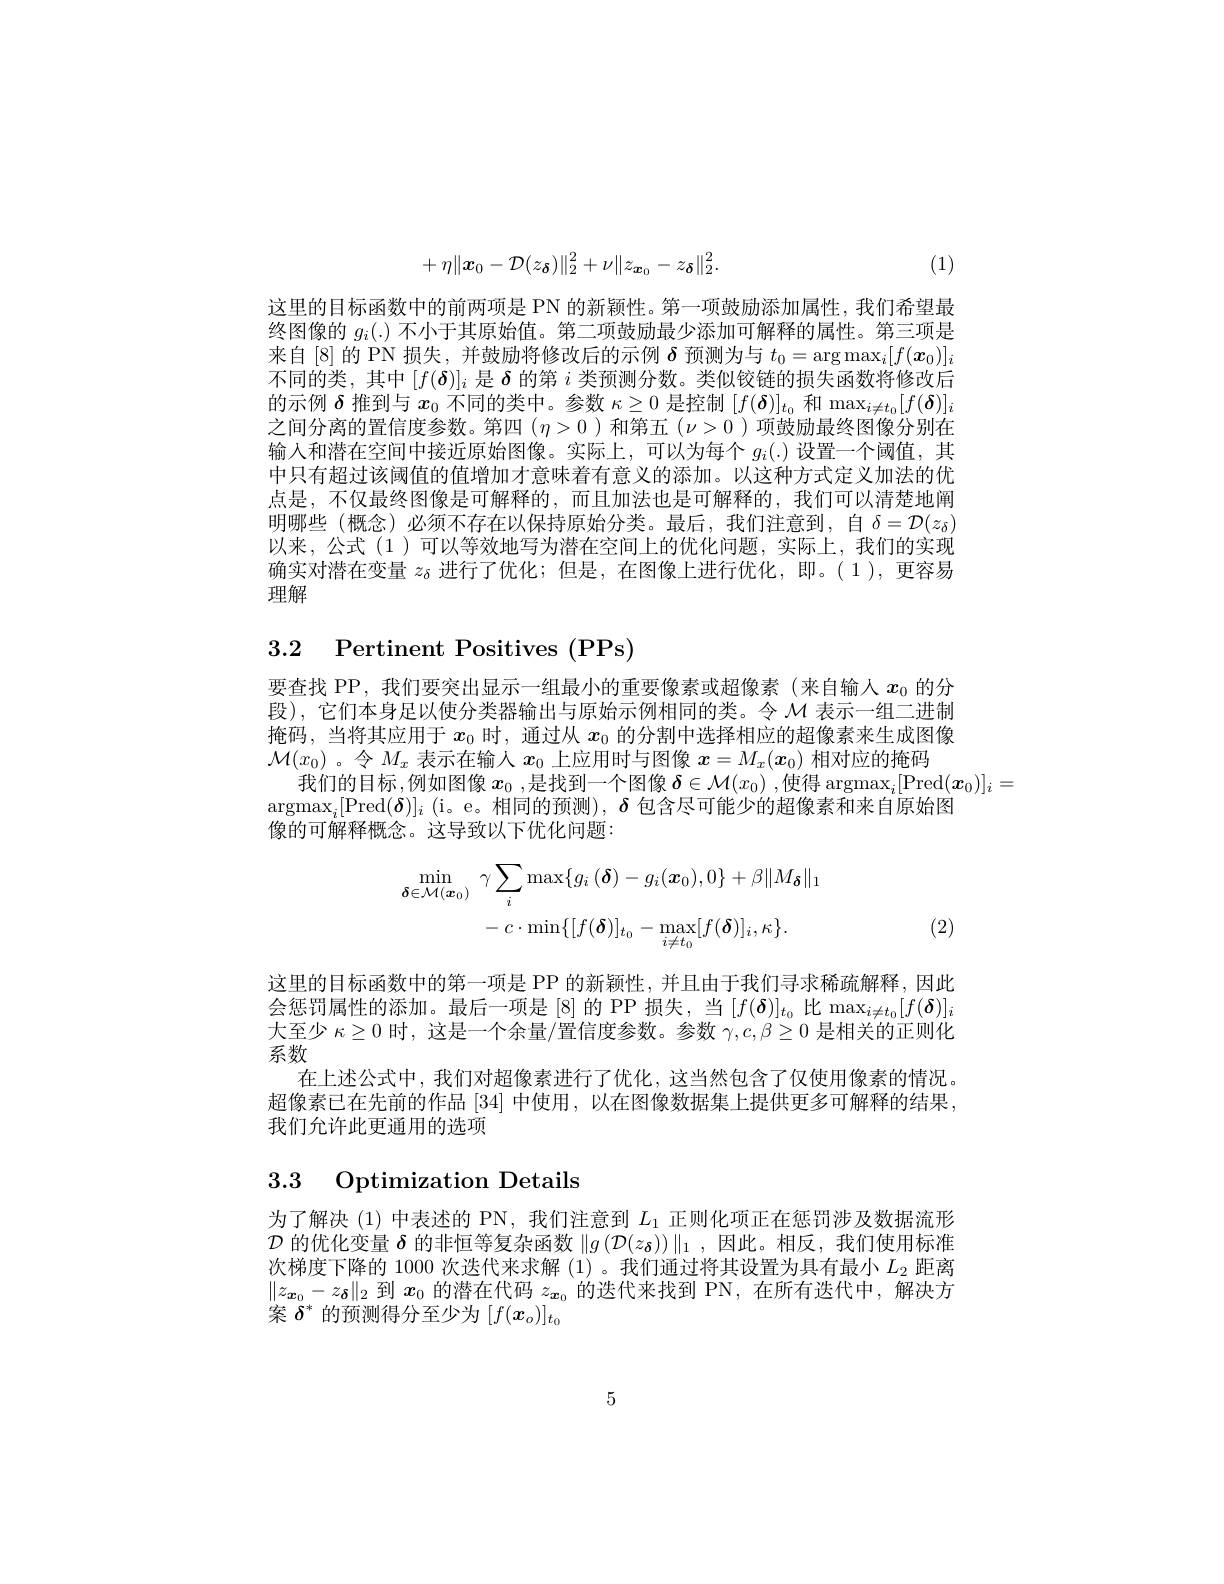
$$+\eta\|\boldsymbol{x}_0-\mathcal{D}(z_\boldsymbol{\delta})\|_2^2+\nu\|z_{\boldsymbol{x}_0}-z_\boldsymbol{\delta}\|_2^2.$$
(1)

这里的目标函数中的前两项是 PN 的新颖性。第一项鼓励添加属性，我们希望最终图像的$g_i(.)$不小于其原始值。第二项鼓励最少添加可解释的属性。第三项是来自[8]的 PN 损失，并鼓励将修改后的示例$\delta$预测为与$t_0=\arg\max_i[f(x_0)]_i$ 不同的类，其中$[f(\boldsymbol{\delta})]_i$是$\boldsymbol{\delta}$的第$i$类预测分数。类似铰链的损失函数将修改后的示例$\delta$推到与$x_0$不同的类中。参数$\kappa\geq0$是控制$[f(\boldsymbol{\delta})]_t_0$和$\max_i\neq t_0[f(\boldsymbol{\delta})]_i$ 之间分离的置信度参数。第四$(\eta>0$ )和第五$(\nu>0$ )项鼓励最终图像分别在输人和潜在空间中接近原始图像。实际上，可以为每个$g_i(.)$设置一个阈值，其中只有超过该阈值的值增加才意味着有意义的添加。以这种方式定义加法的优点是，不仅最终图像是可解释的，而且加法也是可解释的，我们可以清楚地阐明哪些(概念)必须不存在以保持原始分类。最后，我们注意到，自$\delta=\mathcal{D}(z_\delta)$ 以来，公式(1)可以等效地写为潜在空间上的优化问题，实际上，我们的实现确实对潜在变量$z_{\delta}$进行了优化；但是，在图像上进行优化，即。(1),更容易理解

# 3.2 Pertinent Positives (PPs)

要查找 PP, 我们要突出显示一组最小的重要像素或超像素(来自输入$x_{0}$的分段),它们本身足以使分类器输出与原始示例相同的类。令$\mathcal{M}$表示一组二进制掩码，当将其应用于$x_0$时，通过从$x_0$的分割中选择相应的超像素来生成图像$\mathcal{M}(x_0)$ 。令$M_x$表示在输入$x_0$上应用时与图像$x=M_x(x_0)$相对应的掩码
我们的目标，例如图像$x_0$ ,是找到一个图像$\boldsymbol{\delta}\in\mathcal{M}(x_0)$ ,使得 argmax$_i[$Pred$(\boldsymbol{x}_0)]_i=$
$\operatorname{argmax}_i[\operatorname{Pred}(\boldsymbol{\delta})]_i~($i。e。相同的预测),$\delta$包含尽可能少的超像素和来自原始图
像的可解释概念。这导致以下优化问题：
$$\begin{aligned}\operatorname*{min}_{\boldsymbol{\delta}\in\mathcal{M}(\boldsymbol{x}_{0})}&\gamma\sum_{i}\max\{g_{i}\:(\boldsymbol{\delta})-g_{i}(\boldsymbol{x}_{0}),0\}+\beta\|M_{\boldsymbol{\delta}}\|_{1}\\&-\:c\cdot\operatorname*{min}\{[f(\boldsymbol{\delta})]_{t_{0}}-\operatorname*{max}_{i\neq t_{0}}[f(\boldsymbol{\delta})]_{i},\kappa\}.\end{aligned}$$
(2)

这里的目标函数中的第一项是 PP 的新颖性，并且由于我们寻求稀疏解释，因此会惩罚属性的添加。最后一项是[8]的 PP 损失，当$[f(\boldsymbol{\delta})]_{t_0}$比$\max_{i\neq t_0}[f(\boldsymbol{\delta})]_i$ 大至少$\kappa\geq0$时，这是一个余量/置信度参数。参数$\gamma,c,\beta\geq0$是相关的正则化系数
在上述公式中，我们对超像素进行了优化，这当然包含了仅使用像素的情况。超像素已在先前的作品 [34] 中使用，以在图像数据集上提供更多可解释的结果， 我们允许此更通用的选项

# 3.3 Optimization Details

为了解决 (1)中表述的 PN, 我们注意到$L_{1}$正则化项正在惩罚涉及数据流形$\mathcal{D}$的优化变量$\delta$的非恒等复杂函数$\|g\left(\mathcal{D}(z_{\boldsymbol{\delta}})\right)\|_1$,因此。相反，我们使用标准次梯度下降的 1000 次迭代来求解 (1)。我们通过将其设置为具有最小$L_2$距离$\|z_{\boldsymbol{x}_0}-z_{\boldsymbol{\delta}}\|_2$到$x_0$的潜在代码$z_\boldsymbol{x}_0$的迭代来找到 PN,在所有迭代中，解决方案$\delta^*$的预测得分至少为$[f(x_o)]_t_0$

5